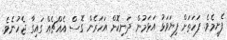
ފެށީމެވެ. ފަހަތަށް ފިޔަވަޅު އަޅަމުން ދަނިކޮށް އަހަރެން ގޮސް އެއްޗެއް ގައިގާ ޖެހުނެވެ.